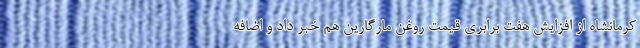
کرمانشاه از افزایش هفت برابری قیمت روغن مارگارین هم خبر داد و اضافه